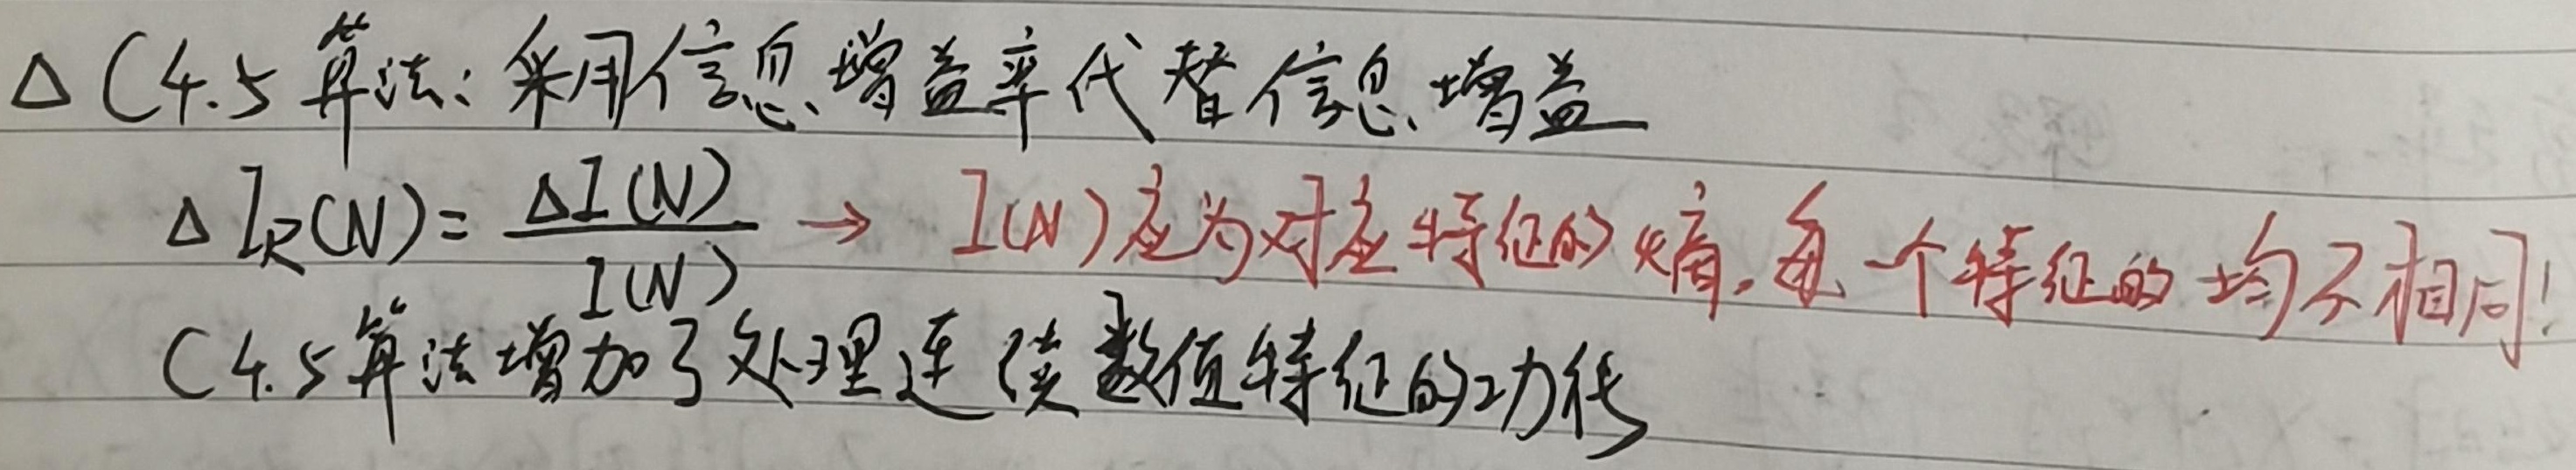
$\Delta$ C4.5 算法：采用信息增益率代替信息增益。
$\Delta I_R(N)=\frac{\Delta I(N)}{I(N)}$，其中$I(N)$应为对应特征的熵，每一个特征的均不相同！
C4.5 算法增加了处理连续数值特征的功能。